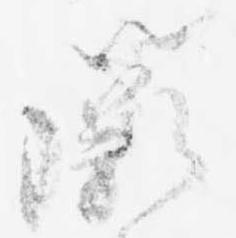
闕